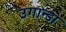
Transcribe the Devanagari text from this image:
उगान्डा